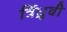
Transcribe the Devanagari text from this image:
र्त्रिध्रुवी